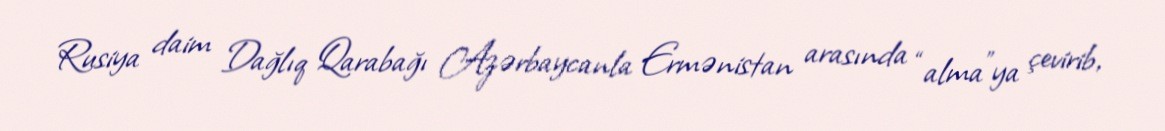
Rusiya daim Dağlıq Qarabağı Azərbaycanla Ermənistan arasında “alma”ya çevirib,